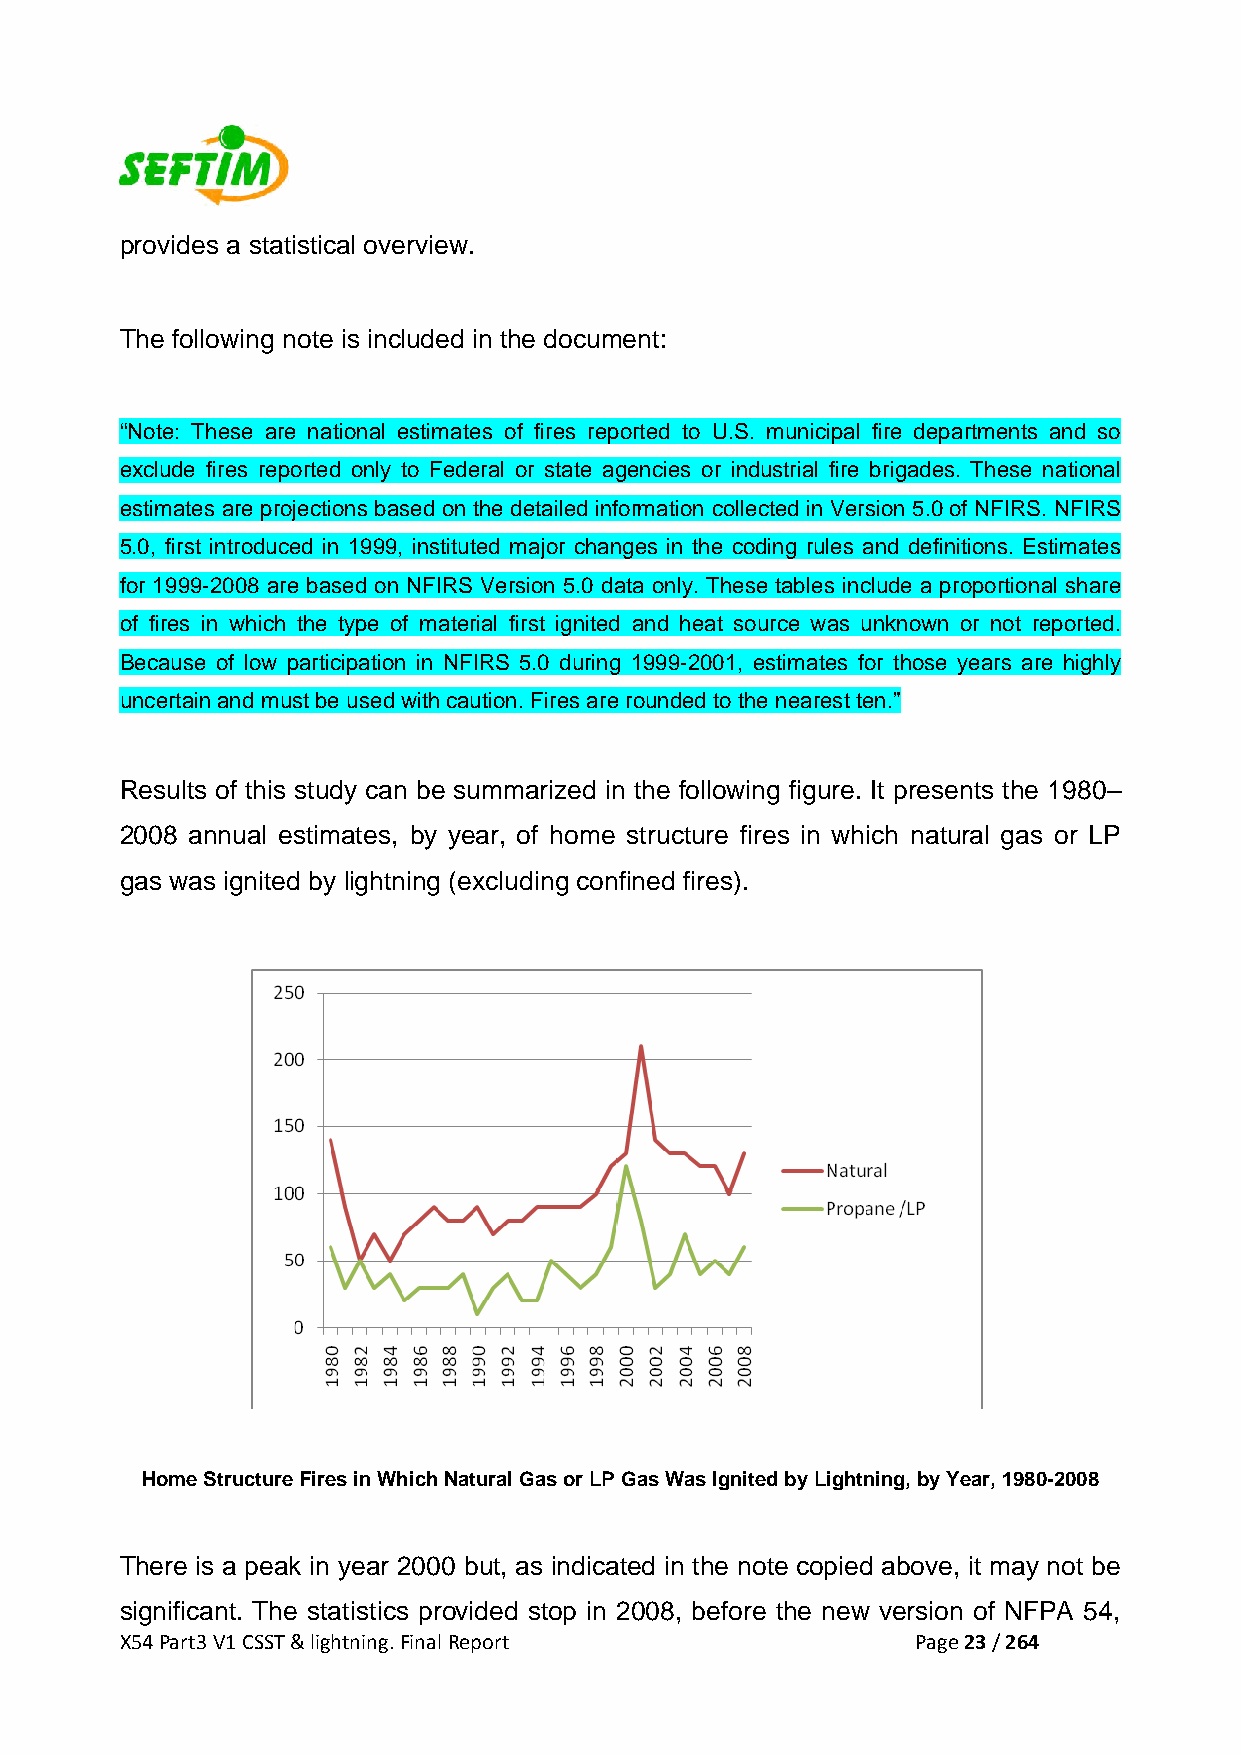
provides a statistical overview.
 The following note is included in the document:
 “Note: These are national estimates of fires reported to U.S. municipal fire departments and so
 exclude fires reported only to Federal or state agencies or industrial fire brigades. These national
 estimates are projections based on the detailed information collected in Version 5.0 of NFIRS. NFIRS
 5.0, first introduced in 1999, instituted major changes in the coding rules and definitions. Estimates
 for 1999-2008 are based on NFIRS Version 5.0 data only. These tables include a proportional share
 of fires in which the type of material first ignited and heat source was unknown or not reported.
 Because of low participation in NFIRS 5.0 during 1999-2001, estimates for those years are highly
 uncertain and must be used with caution. Fires are rounded to the nearest ten.”
 Results of this study can be summarized in the following figure. It presents the 1980–
 2008 annual estimates, by year, of home structure fires in which natural gas or LP
 gas was ignited by lightning (excluding confined fires).
 Home Structure Fires in Which Natural Gas or LP Gas Was Ignited by Lightning, by Year, 1980-2008
 There is a peak in year 2000 but, as indicated in the note copied above, it may not be
 significant. The statistics provided stop in 2008, before the new version of NFPA 54,
 X54 Part3 V1 CSST & lightning. Final Report          Page 23 / 264